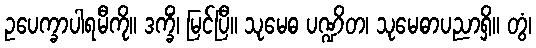
ဥပေက္ခာပါရမီကို။ ဒက္ခိံ၊ မြင်ပြီ။ သုမေဓ ပဏ္ဍိတ၊ သုမေဓာပညာရှိ။ တွံ၊